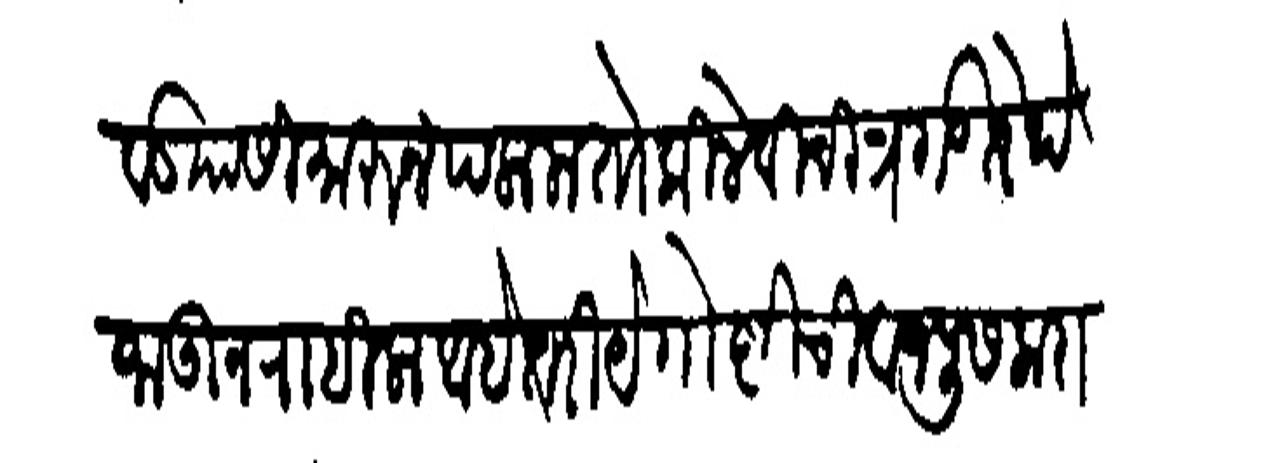
Transliteration (Devanagari): गायेकवाड यासी मारन पलाला तो किले विचित्रगड तेथे जाऊन राहिला आहे तरी ये गोष्टीची वाजपूस करावी